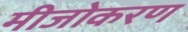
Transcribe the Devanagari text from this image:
मीजोकरण